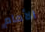
الأمام